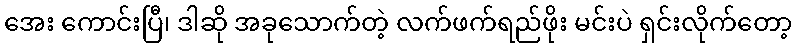
အေး ကောင်းပြီ၊ ဒါဆို အခုသောက်တဲ့ လက်ဖက်ရည်ဖိုး မင်းပဲ ရှင်းလိုက်တော့